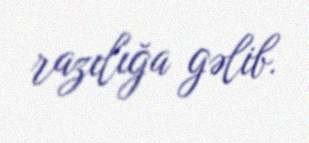
razılığa gəlib.